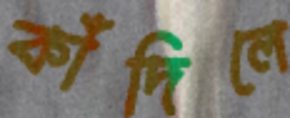
কাঁদিলে